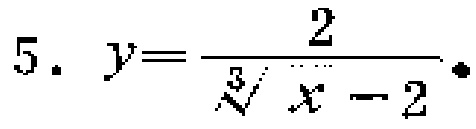
5. \(y = \frac{2}{\sqrt[3]{x - 2}}\)